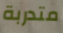
متدربة